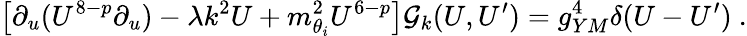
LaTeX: \left[\partial_{u}(U^{8-p}\partial_{u})-\lambda k^{2}U+m_{\theta_{i}}^{2}U^{6-p}\right]{\cal G}_{k}(U,U^{\prime})=g_{YM}^{4}\delta(U-U^{\prime})~.